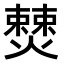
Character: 𭶚